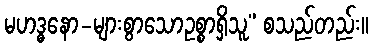
မဟဒ္ဓနော-များစွာသောဥစ္စာရှိသူ” စသည်တည်း။